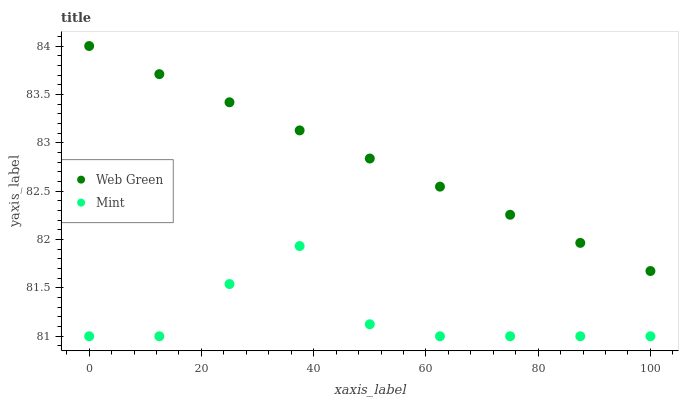
| xaxis_label | Web Green | Mint |
 | --- | --- | --- |
 | 0 | 84 | 81 |
 | 12.5 | 83.7 | 81 |
 | 25 | 83.4 | 81.5 |
 | 37.5 | 83.1 | 81.9 |
 | 50 | 82.8 | 81.1 |
 | 62.5 | 82.5 | 81 |
 | 75 | 82.3 | 81 |
 | 87.5 | 82 | 81 |
 | 100 | 81.7 | 81 |